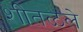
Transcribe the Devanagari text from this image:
शीतळले